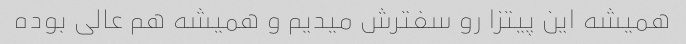
همیشه این پیتزا رو سفترش میدیم و همیشه هم عالی بوده